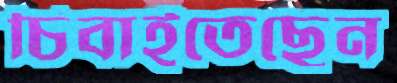
চিবাইতেছেন